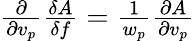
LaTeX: \begin{array}{r}{\frac{\partial}{\partial v_{p}}\frac{\delta A}{\delta f}=\frac{1}{w_{p}}\frac{\partial A}{\partial v_{p}}}\end{array}